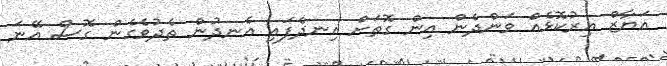
އަޔާޒް އިރުކޮޅެއް ވަންދެން އިން ގޮތަށް އިނދެފައި އެނދުން ތެދުވެގެން ގޮސް އޭނަ